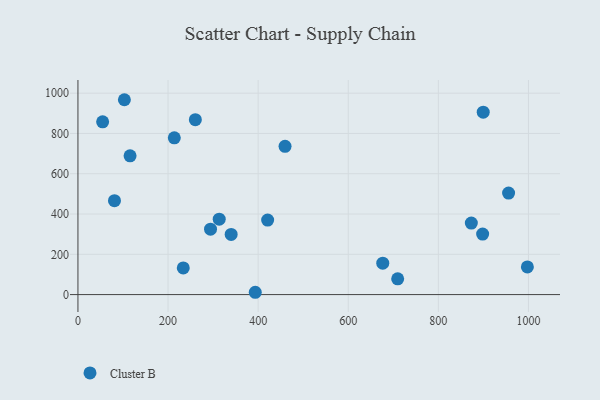
{"axis": {"x": "Experience", "y": "Yield"}, "legend": ["Cluster B"], "data": [{"x": "260.6", "y": 868.5, "type": "Cluster B"}, {"x": "233.8", "y": 132.2, "type": "Cluster B"}, {"x": "115.7", "y": 689.0, "type": "Cluster B"}, {"x": "955.9", "y": 503.8, "type": "Cluster B"}, {"x": "213.9", "y": 778.5, "type": "Cluster B"}, {"x": "421.1", "y": 370.0, "type": "Cluster B"}, {"x": "54.8", "y": 857.8, "type": "Cluster B"}, {"x": "81.1", "y": 466.2, "type": "Cluster B"}, {"x": "899.6", "y": 905.6, "type": "Cluster B"}, {"x": "873.2", "y": 354.9, "type": "Cluster B"}, {"x": "676.6", "y": 156.2, "type": "Cluster B"}, {"x": "459.7", "y": 736.0, "type": "Cluster B"}, {"x": "313.6", "y": 374.3, "type": "Cluster B"}, {"x": "709.7", "y": 78.2, "type": "Cluster B"}, {"x": "340.1", "y": 298.8, "type": "Cluster B"}, {"x": "997.6", "y": 137.6, "type": "Cluster B"}, {"x": "898.3", "y": 300.5, "type": "Cluster B"}, {"x": "294.3", "y": 324.6, "type": "Cluster B"}, {"x": "103.1", "y": 967.5, "type": "Cluster B"}, {"x": "393.6", "y": 11.5, "type": "Cluster B"}]}